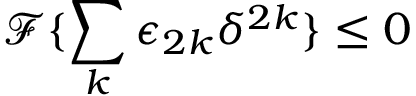
\mathcal { F } \{ \sum _ { k } \epsilon _ { 2 k } \delta ^ { 2 k } \} \le 0